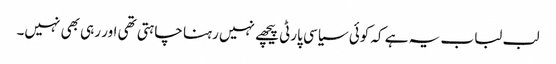
لب لباب یہ ہے کہ کوئی سیاسی پارٹی پیچھے نہیں رہنا چاہتی تھی اور رہی بھی نہیں۔